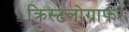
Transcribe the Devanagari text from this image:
क्रिस्टलोग्राफर